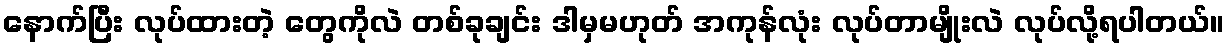
နောက်ပြီး လုပ်ထားတဲ့ တွေကိုလဲ တစ်ခုချင်း ဒါမှမဟုတ် အကုန်လုံး လုပ်တာမျိုးလဲ လုပ်လို့ရပါတယ်။